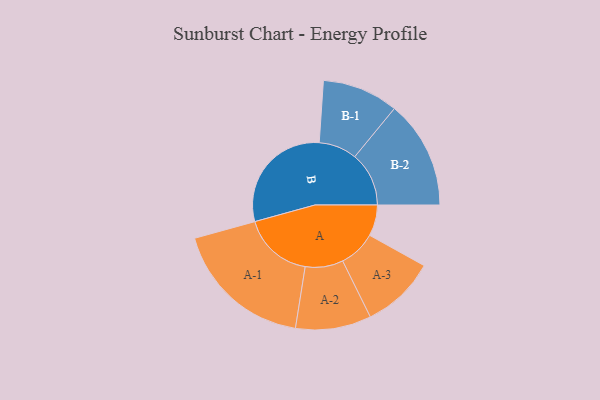
{"axis": {"x": "Segment", "y": "Value"}, "legend": ["", "A", "B"], "data": [{"x": "A", "y": 124, "type": ""}, {"x": "B", "y": 467, "type": ""}, {"x": "A-1", "y": 280, "type": "A"}, {"x": "A-2", "y": 151, "type": "A"}, {"x": "A-3", "y": 148, "type": "A"}, {"x": "B-1", "y": 152, "type": "B"}, {"x": "B-2", "y": 216, "type": "B"}]}